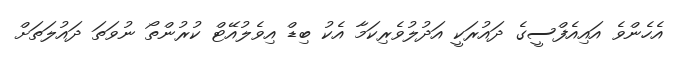
އެހެންވެ އައިއެފްސީގެ ދައުރަކީ އަދުލުވެރިކަމާ އެކު ބިޑް އިވެލުއޭޓް ކުރުންތޯ ނުވަތަ ދައުލަތަށް